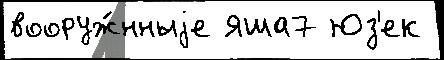
вооруж́нныjе Яша7 Юз'ек